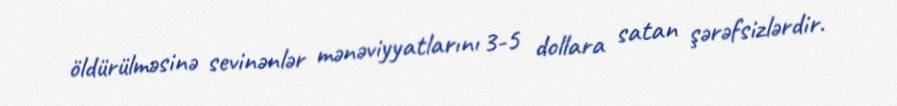
öldürülməsinə sevinənlər mənəviyyatlarını 3-5 dollara satan şərəfsizlərdir.